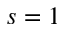
s = 1